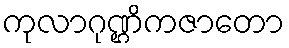
ကုလာဂုဏ္ဌိကဇာတော